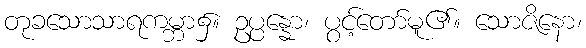
တုခသောသာရကမ္ဘာ၌။ ဥပ္ပန္နော၊ ပွင့်တော်မူ၏။ သောဇိနော၊